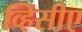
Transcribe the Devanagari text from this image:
व्हिसीए